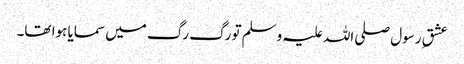
عشقِ رسول صلی اللہ علیہ وسلم تو رگ رگ میں سمایا ہوا تھا۔